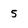
Character: 5